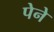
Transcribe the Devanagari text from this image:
पेने